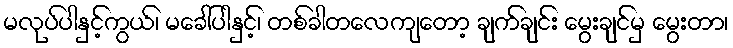
မလုပ်ပါနှင့်ကွယ်၊ မခေါ်ပါနှင့်၊ တစ်ခါတလေကျတော့ ချက်ချင်း မွေးချင်မှ မွေးတာ၊